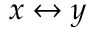
x \leftrightarrow y